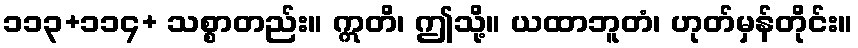
၁၁၃+၁၁၄+ သစ္စာတည်း။ ဣတိ၊ ဤသို့။ ယထာဘူတံ၊ ဟုတ်မှန်တိုင်း။